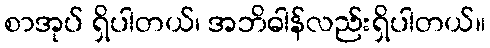
စာအုပ် ရှိပါတယ်၊ အဘိဓါန်လည်းရှိပါတယ်။